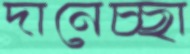
দানেচ্ছা